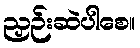
ညှဉ်းဆဲပါစေ။